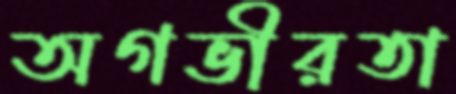
অগভীরতা